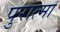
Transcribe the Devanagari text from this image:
पुरात्मा